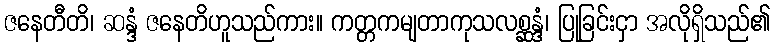
ဇနေတီတိ၊ ဆန္ဒံ ဇနေတိဟူသည်ကား။ ကတ္တကမျတာကုသလစ္ဆန္ဒံ၊ ပြုခြင်းငှာ အလိုရှိသည်၏